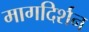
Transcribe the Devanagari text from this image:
मागदिर्शन